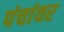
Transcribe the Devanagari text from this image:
पंचांवर